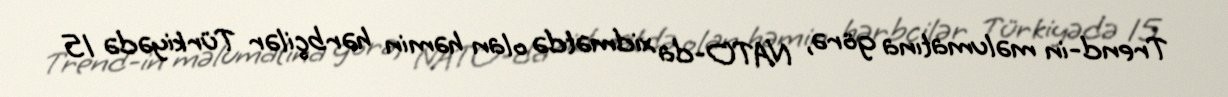
Trend-in məlumatına görə, NATO-da xidmətdə olan həmin hərbçilər Türkiyədə 15